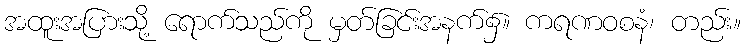
အထူးအပြားသို့ ရောက်သည်ကို မှတ်ခြင်းအနက်၌။ ကရဏဝစနံ၊ တည်း။